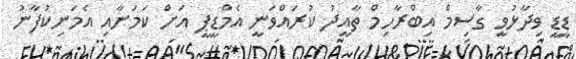
ޑީޑީ ވިދާޅުވީ ގާސިމް އިބްރާހިމް ތާއީދު ކުރައްވަނީ އެމްޑީޕީ އަށް ކަމަށާއި އެމަނިކުފާނު